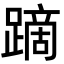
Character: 蹢